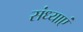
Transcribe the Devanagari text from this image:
संध्याएं